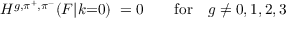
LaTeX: H ^ { g , \pi ^ { + } , \pi ^ { - } } ( F | k { = } 0 ) \ = 0 \qquad \mathrm { f o r } \quad g \neq 0 , 1 , 2 , 3